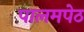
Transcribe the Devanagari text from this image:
पालमपेठ